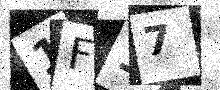
Text: 1F17